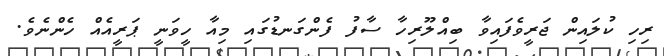
ރިހި ކުލައިން ޖަރީވެފައިވާ ބިއްލޫރިހާ ސާފު ފެންގަނޑުގައި މިއާ ހީވަނީ ޕަރީއެއް ހެންނެވެ.